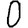
Digit: 0